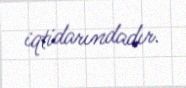
iqtidarındadır.